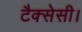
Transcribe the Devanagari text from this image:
टैक्सेसी।